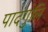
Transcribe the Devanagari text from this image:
पादंगुलि